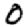
Digit: 0